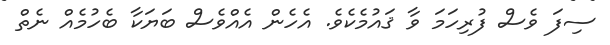
ސިފަ ވެސް ފުރިހަމަ ވާ ޤައުމެކެވެ. އެހެން އެއްވެސް ބަޔަކާ ބެހުމެއް ނެތް